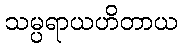
သမ္ပရာယဟိတာယ